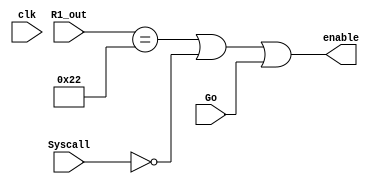
`timescale 1ns / 1ps

module PCenable(R1_out, Syscall, Go, clk, enable);
    input [31:0]R1_out;
    input Syscall, Go, clk;
    output enable;
    assign enable = (R1_out == 32'h00000022) | ~Syscall | Go ;

endmodule

module Path_ROM_to_Reg(Order, Jal, Regdst, Syscall, R1, R2, W);
    input [31:0]Order;
    input Jal, Regdst;
    input Syscall;
    output [4:0]R1, R2, W;

    assign R1 = (Syscall == 1)?5'b00010 : Order[25:21];
    assign R2 = (Syscall == 1)?5'b00100 : Order[20:16];
    assign W = (Regdst == 0)?((Jal == 0)?(Order[20:16]):(5'b11111)):((Jal == 0)?(Order[15:11]):(5'b00000));
    // 5'b00000 stands for error
endmodule

module shamt_input(Order, R1_out, shift, Lui, shamt);
    input [31:0] Order;
    input [31:0] R1_out;
    input shift, Lui;
    output [4:0]shamt;
    assign shamt = (shift == 1) ? R1_out :
                    (Lui == 1) ? 16 : Order [10:6];
endmodule

module Extern(Order, Signedext, imm, ext18);
    input [31:0]Order;
    input Signedext;
    output [31:0]imm, ext18;
    wire [15:0]temp;
    assign temp = Order[15]?16'hFFFF:16'h0;
    assign imm = (Signedext == 1)?{temp, Order[15:0]}:{16'h0, Order[15:0]};
    assign ext18 = {temp, Order[15:0]}<<2;
endmodule

module Data_to_Din(Byte, Signext2, mem, Result1, PC_plus_4, Jal, Memtoreg, Din);
    input Byte,Signext2;
    input [31:0] mem, Result1, PC_plus_4;
    input Jal, Memtoreg;
    output [31:0] Din;
    wire [15:0]temp1;
    wire [23:0]temp2;
    assign temp1 = mem[15]?16'hFFFF:16'h0;
    assign temp2 = mem[7]?24'hFFFFFF:24'h0;
    assign Din = (Memtoreg == 1)?mem:
                (Jal == 1)?PC_plus_4:
                (Signext2 == 1)?((Byte == 1)? {temp2, mem[7:0]}:{temp1, mem[15:0]}):
                Result1;

endmodule